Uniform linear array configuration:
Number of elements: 16
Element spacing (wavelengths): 0.25
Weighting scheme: kaiser
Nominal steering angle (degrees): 30
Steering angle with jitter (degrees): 30.351
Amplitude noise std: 0.05
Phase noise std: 0.05

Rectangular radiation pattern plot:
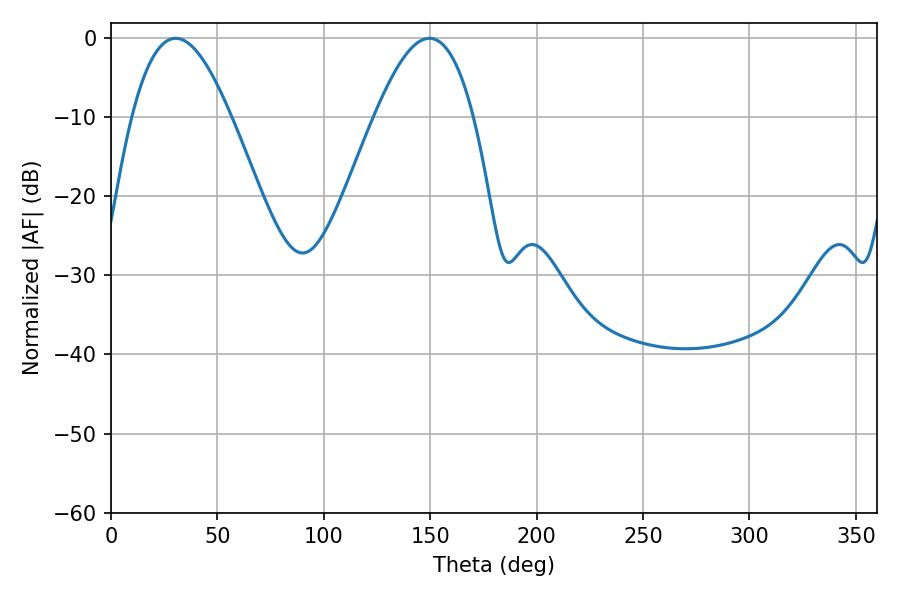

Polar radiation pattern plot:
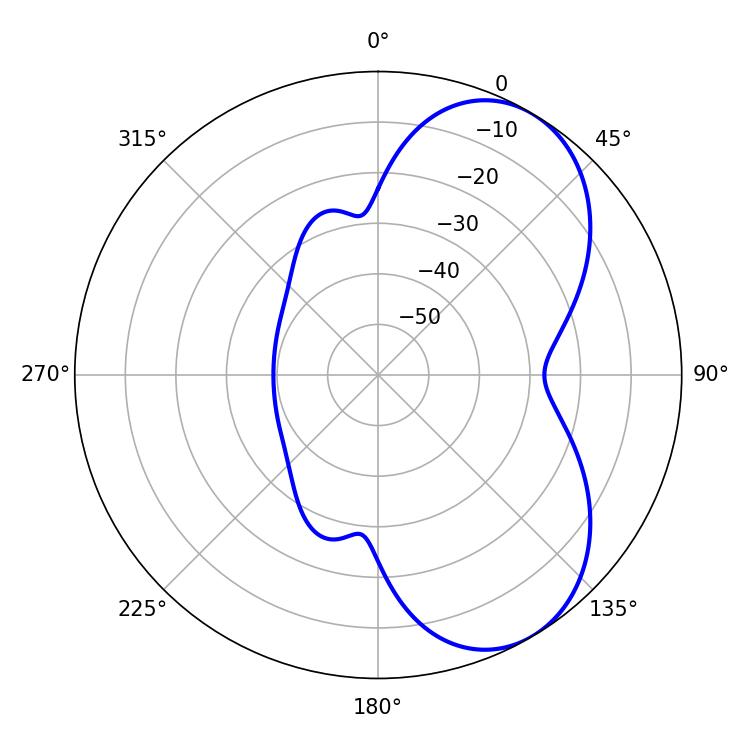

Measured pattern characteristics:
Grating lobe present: FALSE
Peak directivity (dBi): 6.017
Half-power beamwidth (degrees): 25.38
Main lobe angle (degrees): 30.42